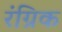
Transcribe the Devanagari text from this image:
रंग्रिक